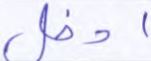
ادخل